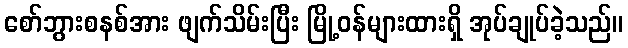
စော်ဘွားစနစ်အား ဖျက်သိမ်းပြီး မြို့ဝန်များထားရှိ အုပ်ချုပ်ခဲ့သည်။